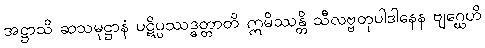
အဋ္ဌာသိ ဆသမုဋ္ဌာနံ ပဋိပ္ပဿဒ္ဓတ္တာတိ ဣမိဿန္တိ သီလဗ္ဗတုပါဒါနေန ဗျဂ္ဃေဟိ